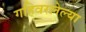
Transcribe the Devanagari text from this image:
गहिवरलेल्या